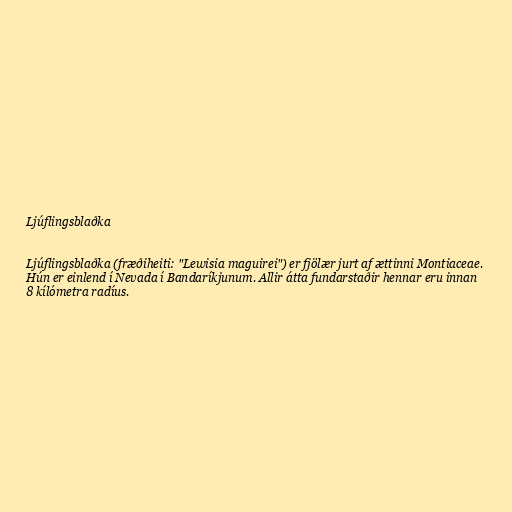
Ljúflingsblaðka

Ljúflingsblaðka (fræðiheiti: "Lewisia maguirei") er fjölær jurt af ættinni Montiaceae.
Hún er einlend í Nevada í Bandaríkjunum. Allir átta fundarstaðir hennar eru innan
8 kílómetra radíus.